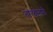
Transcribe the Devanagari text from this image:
तारदोरांनी